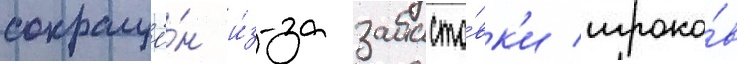
сокращё́н и́з-за забасто́вк'и игроко́в